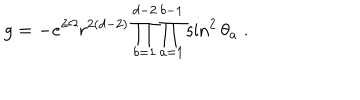
g = - e ^ { 2 \Omega } r ^ { 2 ( d - 2 ) } \prod _ { b = 1 } ^ { d - 2 } \prod _ { a = 1 } ^ { b - 1 } \sin ^ { 2 } \theta _ { a } \; .